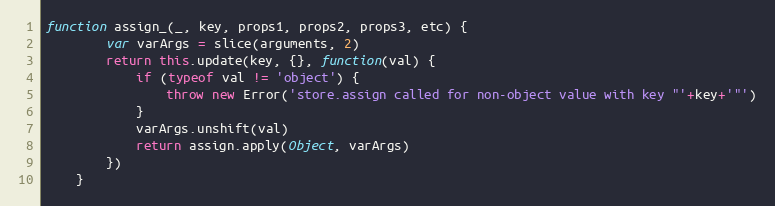
Language: JavaScript
function assign_(_, key, props1, props2, props3, etc) {
		var varArgs = slice(arguments, 2)
		return this.update(key, {}, function(val) {
			if (typeof val != 'object') {
				throw new Error('store.assign called for non-object value with key "'+key+'"')
			}
			varArgs.unshift(val)
			return assign.apply(Object, varArgs)
		})
	}